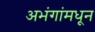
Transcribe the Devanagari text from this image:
अभंगांमधून